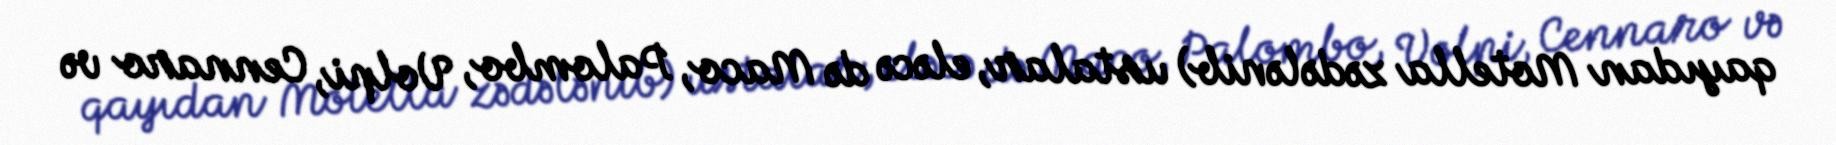
qayıdan Motella zədələnib) ustalar, eləcə də Maco, Palombo, Volpi, Cennaro və